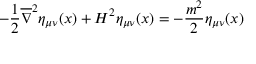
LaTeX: - \frac { 1 } { 2 } \overline { { { \nabla } } } ^ { 2 } \eta _ { \mu \nu } ( x ) + H ^ { 2 } \eta _ { \mu \nu } ( x ) = - \frac { m ^ { 2 } } { 2 } \eta _ { \mu \nu } ( x )